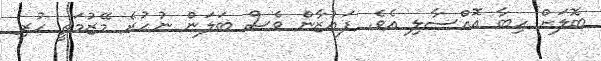
ބޮލަށް ހިބާ އޮއްސާލި އެވެ. ފައުޒާން ވެސް ބަލަން ނުހުރެ މޭޒުމަތީ ހުރި